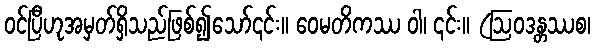
ဝင်ပြီဟုအမှတ်ရှိသည်ဖြစ်၍သော်၎င်း။ ဝေမတိကဿ ဝါ၊ ၎င်း။ (ဩဝဒန္တဿစ၊